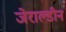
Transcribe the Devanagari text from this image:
जेराल्डीन